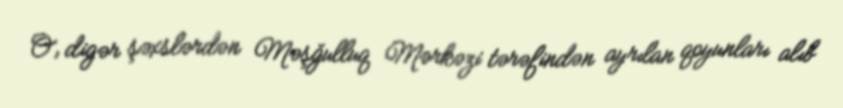
O, digər şəxslərdən Məşğulluq Mərkəzi tərəfindən ayrılan qoyunları alıb